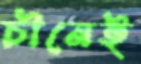
চীনেই